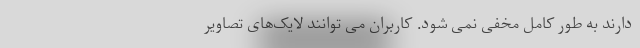
دارند به طور کامل مخفی نمی شود. کاربران می توانند لایک‌های تصاویر